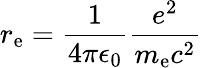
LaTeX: r_{\mathrm{e}}={\frac{1}{4\pi\epsilon_{0}}}{\frac{e^{2}}{m_{\mathrm{e}}c^{2}}}